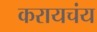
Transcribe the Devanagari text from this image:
करायचंय